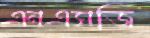
এনএসজি